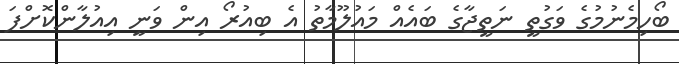
ބޯހިމެނުމުގެ ވަގުތީ ނަތީޖާގެ ބައެއް މައުލޫމާތު އެ ބިއުރޯ އިން ވަނީ އިއުލާންކޮށްފަ